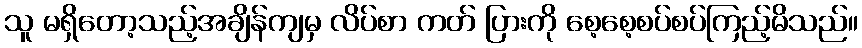
သူ မရှိတော့သည့်အချိန်ကျမှ လိပ်စာ ကတ် ပြားကို စေ့စေ့စပ်စပ်ကြည့်မိသည်။